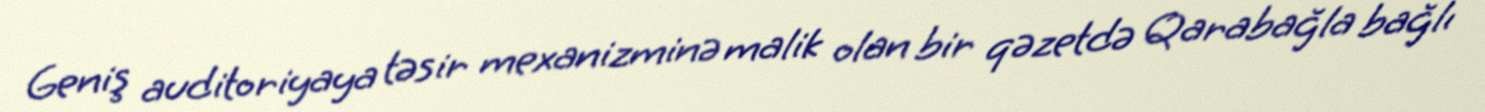
Geniş auditoriyaya təsir mexanizminə malik olan bir qəzetdə Qarabağla bağlı